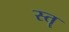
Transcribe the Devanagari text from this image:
स्‍तॄ